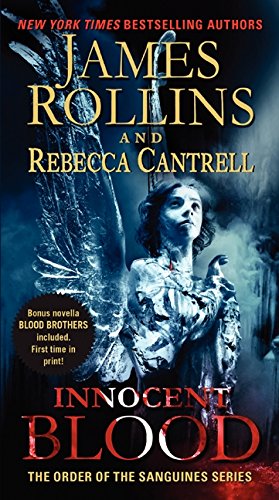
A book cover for Innocent Blood: The Order of the Sanguines Series; James Rollins; Mystery, Thriller & Suspense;